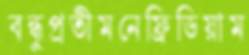
বন্ধুপ্রতীমনেফ্রিডিয়াম